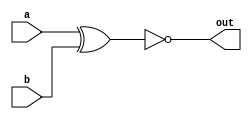
module xnor_gate(
    input a,
    input b,
    output out
);

assign out = ~(a ^ b);

endmodule